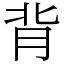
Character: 背